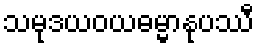
သမုဒယဝယဓမ္မာနုပဿီ